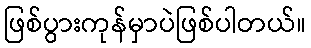
ဖြစ်ပွားကုန်မှာပဲဖြစ်ပါတယ်။